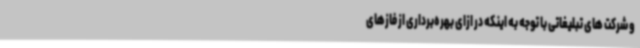
و شرکت های تبلیغاتی با توجه به اینکه در ازای بهره‌برداری از فازهای